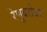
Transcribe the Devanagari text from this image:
रेणूबरोबर